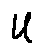
u